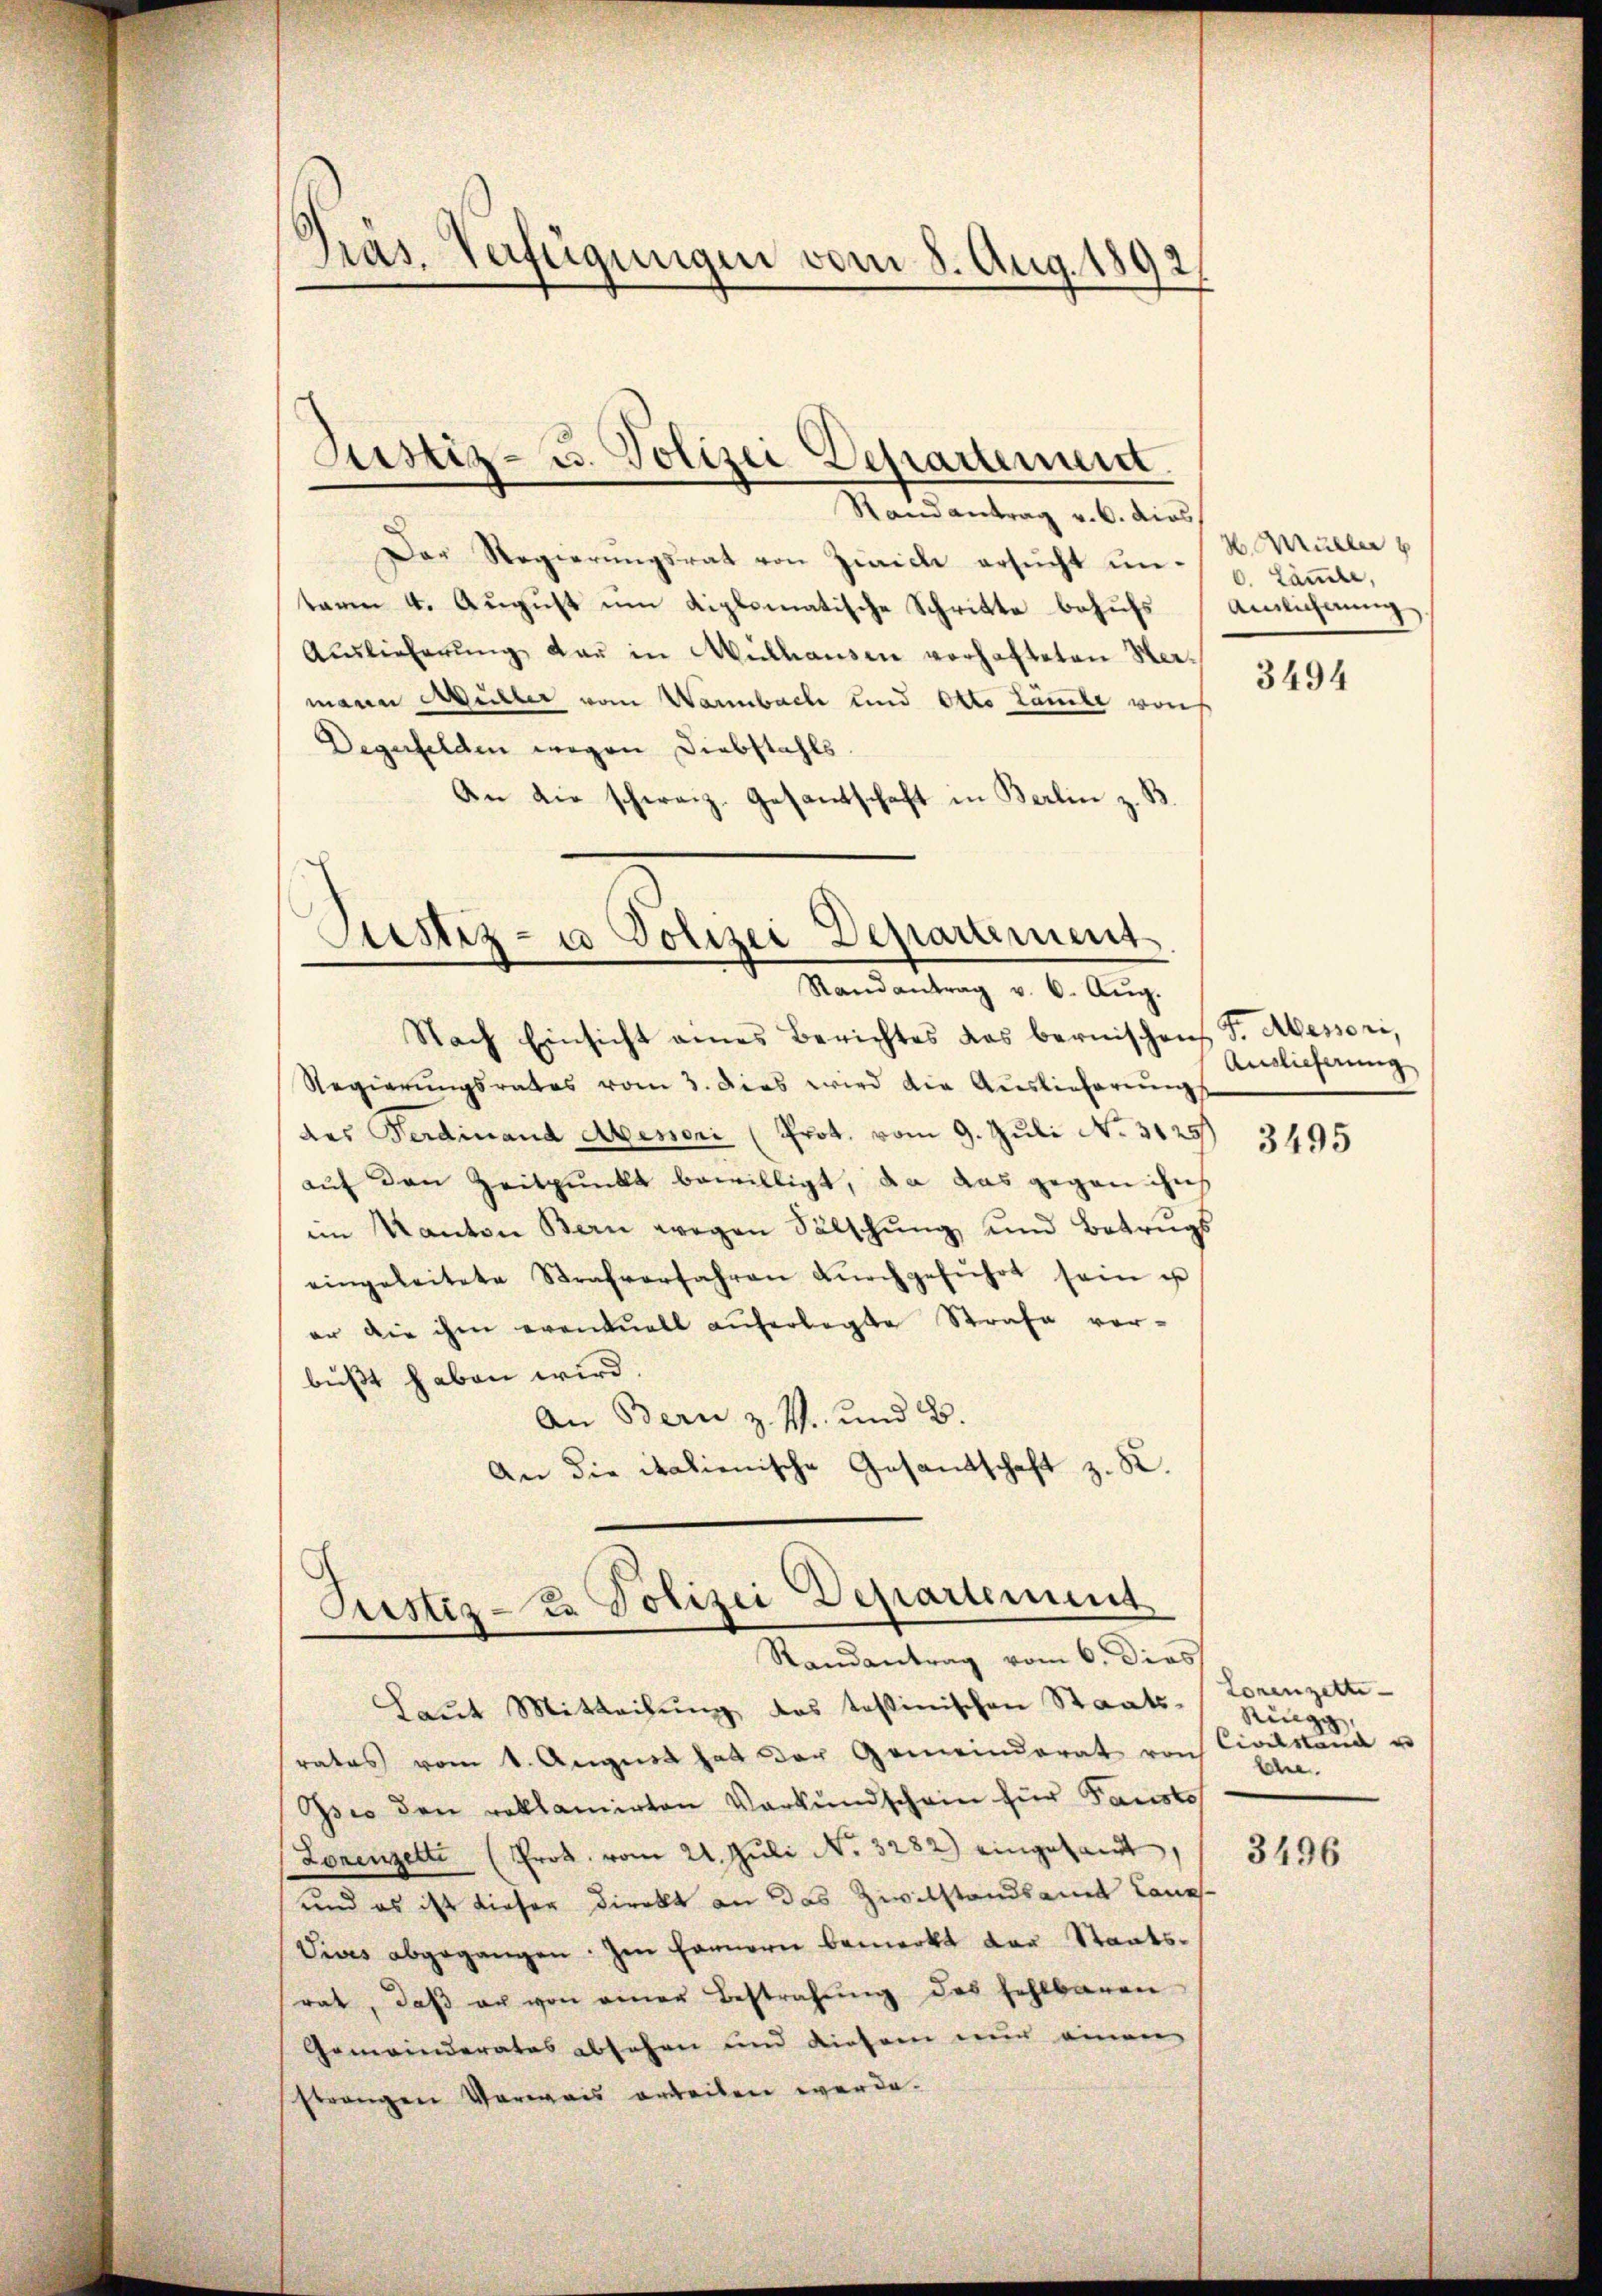
Präs. Verfügungen vom 8. Aug. 1892

Randantrag v. 6. dies
Der Regierŭngsrat von Zivicle ersŭcht um 6. Laṁle,
tarm 4. August um diplomatische Schritte behufs Anleichnung
Auslieferŭng dar in Mülhausen vorhafteten Hermann Müller vom Warnbach und Otto Zamle von
Degufelden wegen Diebstahls.
An die schweiz. Gesandtschaft in Berlin z. B.

Justiz- u. Polizei Departement.

Justiz- u Polizei Departement
e
Randantrag v. 6. Aŭg.

Nach Einsicht eines Berichtes das bernischen S. Messori,
Regierungsrates vom 3. Dies wird die Auslieferung
des Ferdinand Abener (Prot. vom 9. Juli No. 3125
auf den Zeitpunkt bewilligt, da das gegen ihn
im Kanton Bern wegen Sälschung und Betrugs
eingeleitete Strafverfahren dŭrchgeführt sein u
er die ihm eventuell auferlegte Strafe ver-
büßt haben wird
An Bern z. Z. und B
An die italienische Gesandtschaft z. K.

Suester-Er Polizei Departement
Randantrag vom 6. dies

Laut Mitteilŭng das tessinischen Staats- (Lorenzette
rates vom 1. August hat der Gemeindrat von Civilstand u
Isco den reklamirten Verkundschein für Faustos
(Lorenzelte (Prok. vom 21. Juli No. 3282) eingesandt,
und es ist dieser Direkt an das Zivilstandsamt Laues
Vives abgegangen. Im Farnerei bemerkt der Staatsrat, daβ er von einer Bestrafŭng des fehlbaren
Gemeinderates absehen und diesem nur einen
strangen Verwais ertheilen werde.

H. Müller

3494

Auslieferung

3495

Ringg,
ben.

3496